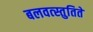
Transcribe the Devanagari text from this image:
बलवत्स्तुतिते